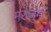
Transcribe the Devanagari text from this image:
मख्जुमी